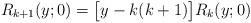
LaTeX: \begin{align*} R_{k+1}(y;0)=\big[y-k(k+1)\big] R_{k}(y;0) \end{align*}